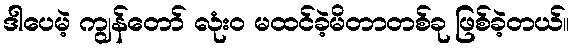
ဒါပေမဲ့ ကျွန်တော် လုံးဝ မထင်ခဲ့မိတာတစ်ခု ဖြစ်ခဲ့တယ်။